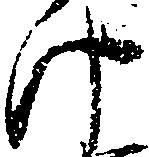
け